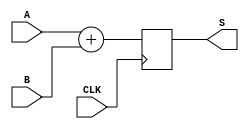
`timescale 1ns / 1ps
//////////////////////////////////////////////////////////////////////////////////
// Company: 
// Engineer: 
// 
// Design Name: 
// Module Name: MyIP_Adder8bit
// Project Name: 
// Target Devices: 
// Tool Versions: 
// Description: 
// 
// Dependencies: 
// 
// Revision:
// Revision 0.01 - File Created
// Additional Comments:
// 
//////////////////////////////////////////////////////////////////////////////////


module MyIP_Adder8bit(
    input CLK,
    input [7:0] A,
    input [7:0] B,
    output reg [8:0] S
    );
    
    always @ (posedge CLK) begin
        S = A + B;
    end
    
endmodule